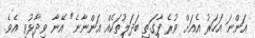
އަންނަ އަހަރު އެއަށް ވުރެ ފާގަތި ބަދަލުތަކެއް އަންނާނެ" އޭނާ ވިދާޅުވި އެވެ.